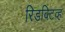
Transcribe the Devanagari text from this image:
रिडक्टिव्ह